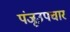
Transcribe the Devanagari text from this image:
पंजूउपचार